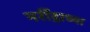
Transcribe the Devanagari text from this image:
नरींद्राच्या